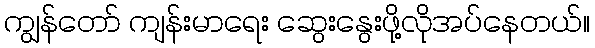
ကျွန်တော် ကျန်းမာရေး ဆွေးနွေးဖို့လိုအပ်နေတယ်။